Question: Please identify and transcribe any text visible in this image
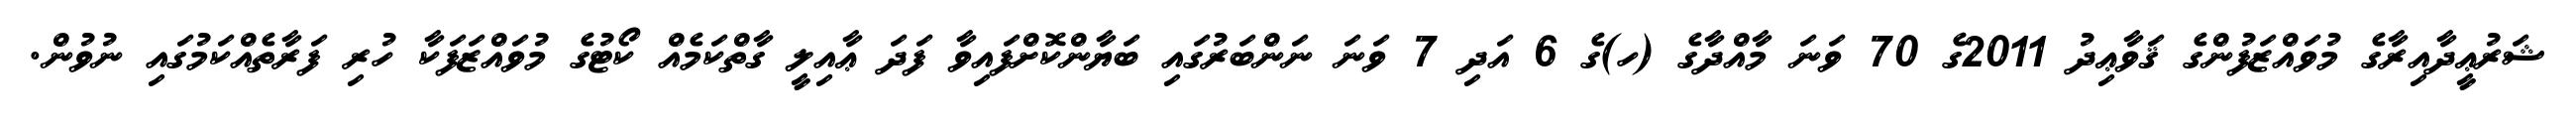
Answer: ޝަރުޢީދާއިރާގެ މުވައްޒަފުންގެ ޤަވާޢިދު 2011ގެ 70 ވަނަ މާއްދާގެ (ހ)ގެ 6 އަދި 7 ވަނަ ނަންބަރުގައި ބަޔާންކޮށްފައިވާ ފަދަ ޢާއިލީ ގާތްކަމެއް ކޯޓުގެ މުވައްޒަފަކާ ހުރި ފަރާތެއްކަމުގައި ނުވުން.